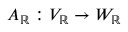
A _ { \mathbb { R } } : V _ { \mathbb { R } } \to W _ { \mathbb { R } }